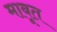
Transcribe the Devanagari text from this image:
माबूत